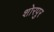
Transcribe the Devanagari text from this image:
शोरपुर